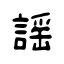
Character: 謡